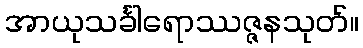
အာယုသင်္ခါရောဿဇ္ဇနသုတ်။